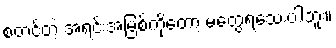
စတင်တဲ့ အရင်းအမြစ်ကိုတော့ မတွေ့ရသေးပါဘူး။